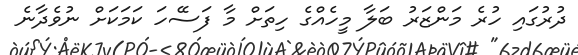
ދުރުގައި ހުރެ މަންޒަރު ބަލާ މީހެއްގެ ހިތަށް މާ ފަސޭހަ ކަމަކަށް ނުވެދާނެ